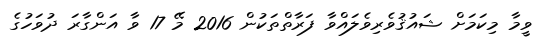
ވީމާ މިކަމަށް ޝައުޤުވެރިވެލައްވާ ފަރާތްތަކުން 2016 މޭ 17 ވާ އަންގާރަ ދުވަހުގެ